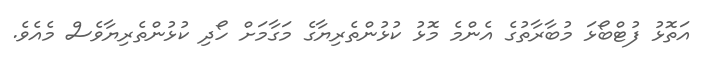
އަތޮޅު ފުޓްބޯޅަ މުބާރާތުގެ އެންމެ މޮޅު ކުޅުންތެރިޔާގެ މަގާމަށް ހޯދި ކުޅުންތެރިޔާވެސް މެއެވެ.